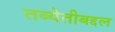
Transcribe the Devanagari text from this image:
तब्येतीबद्दल